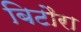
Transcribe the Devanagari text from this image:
बिटौरा